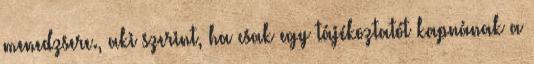
menedzsere., aki szerint, ha csak egy tájékoztatót kapnának a